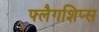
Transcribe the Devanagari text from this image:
फ्लैगशिप्‍स